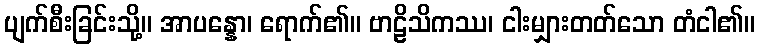
ပျက်စီးခြင်းသို့။ အာပန္နော၊ ရောက်၏။ ဗာဠိသိကဿ၊ ငါးမျှားတတ်သော တံငါ၏။